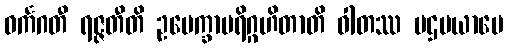
ဝင်္ကဂတီ ရဇ္ဇတီတိ ဥပေက္ခာပရိဂ္ဂဟိတာတိ ဝါတဿ ပဌမယာမေ